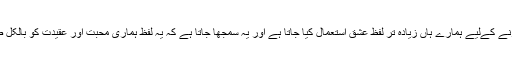
کسی سے اپنی عقیدت کو ظاہر کرنے کےلیے ہمارے ہاں زیادہ تر لفظ عشق استعمال کیا جاتا ہے اور یہ سمجھا جاتا ہے کہ یہ لفظ ہماری محبت اور عقیدت کو بالکل صحیح انداز سے واضح کردیتا ہے۔